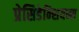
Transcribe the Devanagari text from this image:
प्रेसिडेन्शियन्स